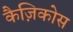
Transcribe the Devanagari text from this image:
कैज़िकोस